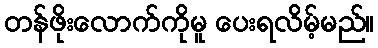
တန်ဖိုးလောက်ကိုမူ ပေးရလိမ့်မည်။